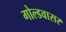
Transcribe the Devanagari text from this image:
गोल्डवासर